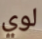
لوي